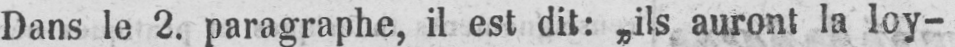
Dans le 2. paragraphe, il est dit: „ils auront la loy-